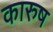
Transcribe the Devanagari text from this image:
कारुष